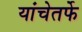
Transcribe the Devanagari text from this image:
यांचेतर्फे